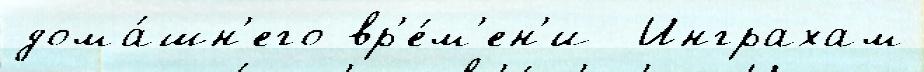
дома́шн'его вр'е́м'ен'и  Инграхам